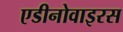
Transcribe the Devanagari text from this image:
एडीनोवाइरस